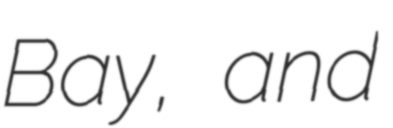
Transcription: Bay, and